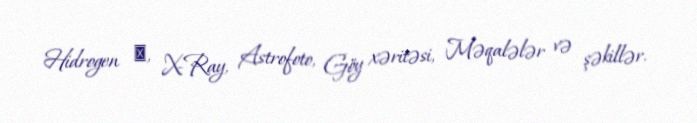
Hidrogen α, X-Ray, Astrofoto, Göy xəritəsi, Məqalələr və şəkillər.